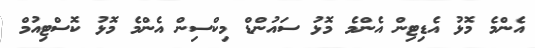
އެންމެ މޮޅު އެޑިޓިން އެންމެ މޮޅު ސައުންޑް މިކްސިން އެންމެ މޮޅު ކޮސްޓިއުމް